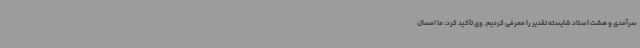
سرآمدی و هشت استاد شایسته تقدیر را معرفی کردیم. وی تأکید کرد: ما امسال